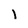
Character: l